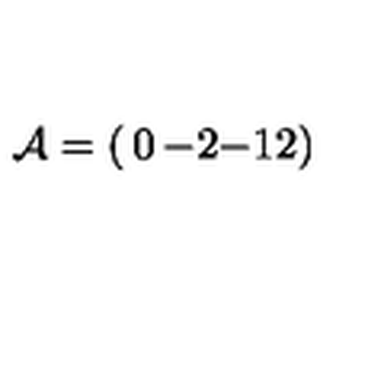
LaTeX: { \cal A } = \left( \begin{matrix} { 0 } & { - 2 } \\ { - 1 } & { 2 } \\ \end{matrix} \right)